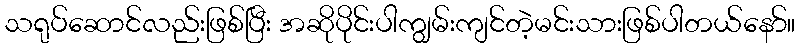
သရုပ်ဆောင်လည်းဖြစ်ပြီး အဆိုပိုင်းပါကျွမ်းကျင်တဲ့မင်းသားဖြစ်ပါတယ်နော်။